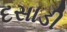
દસાડી